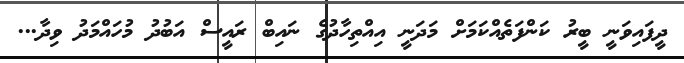
ދީފައިވަނީ ބީރު ކަންފަތެއްކަމަށް މަދަނީ އިއްތިހާދުގެ ނައިބް ރައީސް އަބުދު މުހައްމަދު ވިދާ...